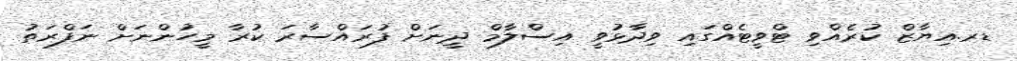
ޑރ.އިޔާޒް ކުރެއްވި ޓްވީޓެއްގައި ވިދާޅުވީ އިސްލާމް ދީނަށް ފުރައްސާރަ ކުރާ މީހުންނަށް ނަފްރަތު